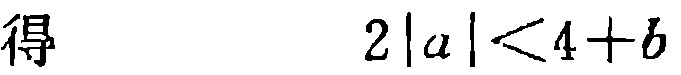
得\(2|a|<4 + b\)